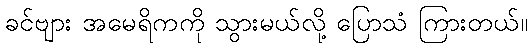
ခင်ဗျား အမေရိကကို သွားမယ်လို့ ပြောသံ ကြားတယ်။